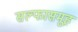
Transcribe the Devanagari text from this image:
सल्फासमूह